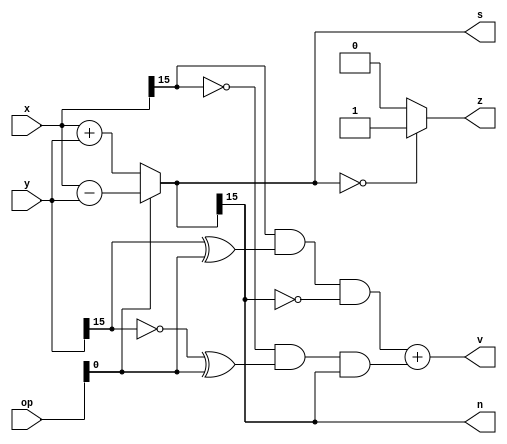
/*
   This file was generated automatically by Alchitry Labs version 1.2.7.
   Do not edit this file directly. Instead edit the original Lucid source.
   This is a temporary file and any changes made to it will be destroyed.
*/

module sixteen_bit_full_adder_9 (
    input [15:0] x,
    input [15:0] y,
    input [5:0] op,
    output reg [15:0] s,
    output reg z,
    output reg v,
    output reg n
  );
  
  
  
  reg [15:0] temp;
  
  always @* begin
    if (op[0+0-:1] == 1'h0) begin
      temp = x + y;
    end else begin
      temp = x - y;
    end
    s = temp;
    if (temp == 1'h0) begin
      z = 1'h1;
    end else begin
      z = 1'h0;
    end
    n = temp[15+0-:1];
    v = (x[15+0-:1] & (y[15+0-:1] ^ op[0+0-:1]) & ~temp[15+0-:1]) + (~x[15+0-:1] & (~y[15+0-:1] ^ op[0+0-:1]) & temp[15+0-:1]);
  end
endmodule